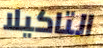
التاكيلا